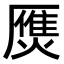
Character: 㷳